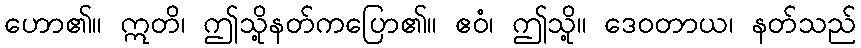
ဟော၏။ ဣတိ၊ ဤသို့နတ်ကပြော၏။ ဧဝံ၊ ဤသို့။ ဒေဝတာယ၊ နတ်သည်